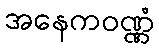
အနေကဝဏ္ဏံ